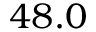
4 8 . 0